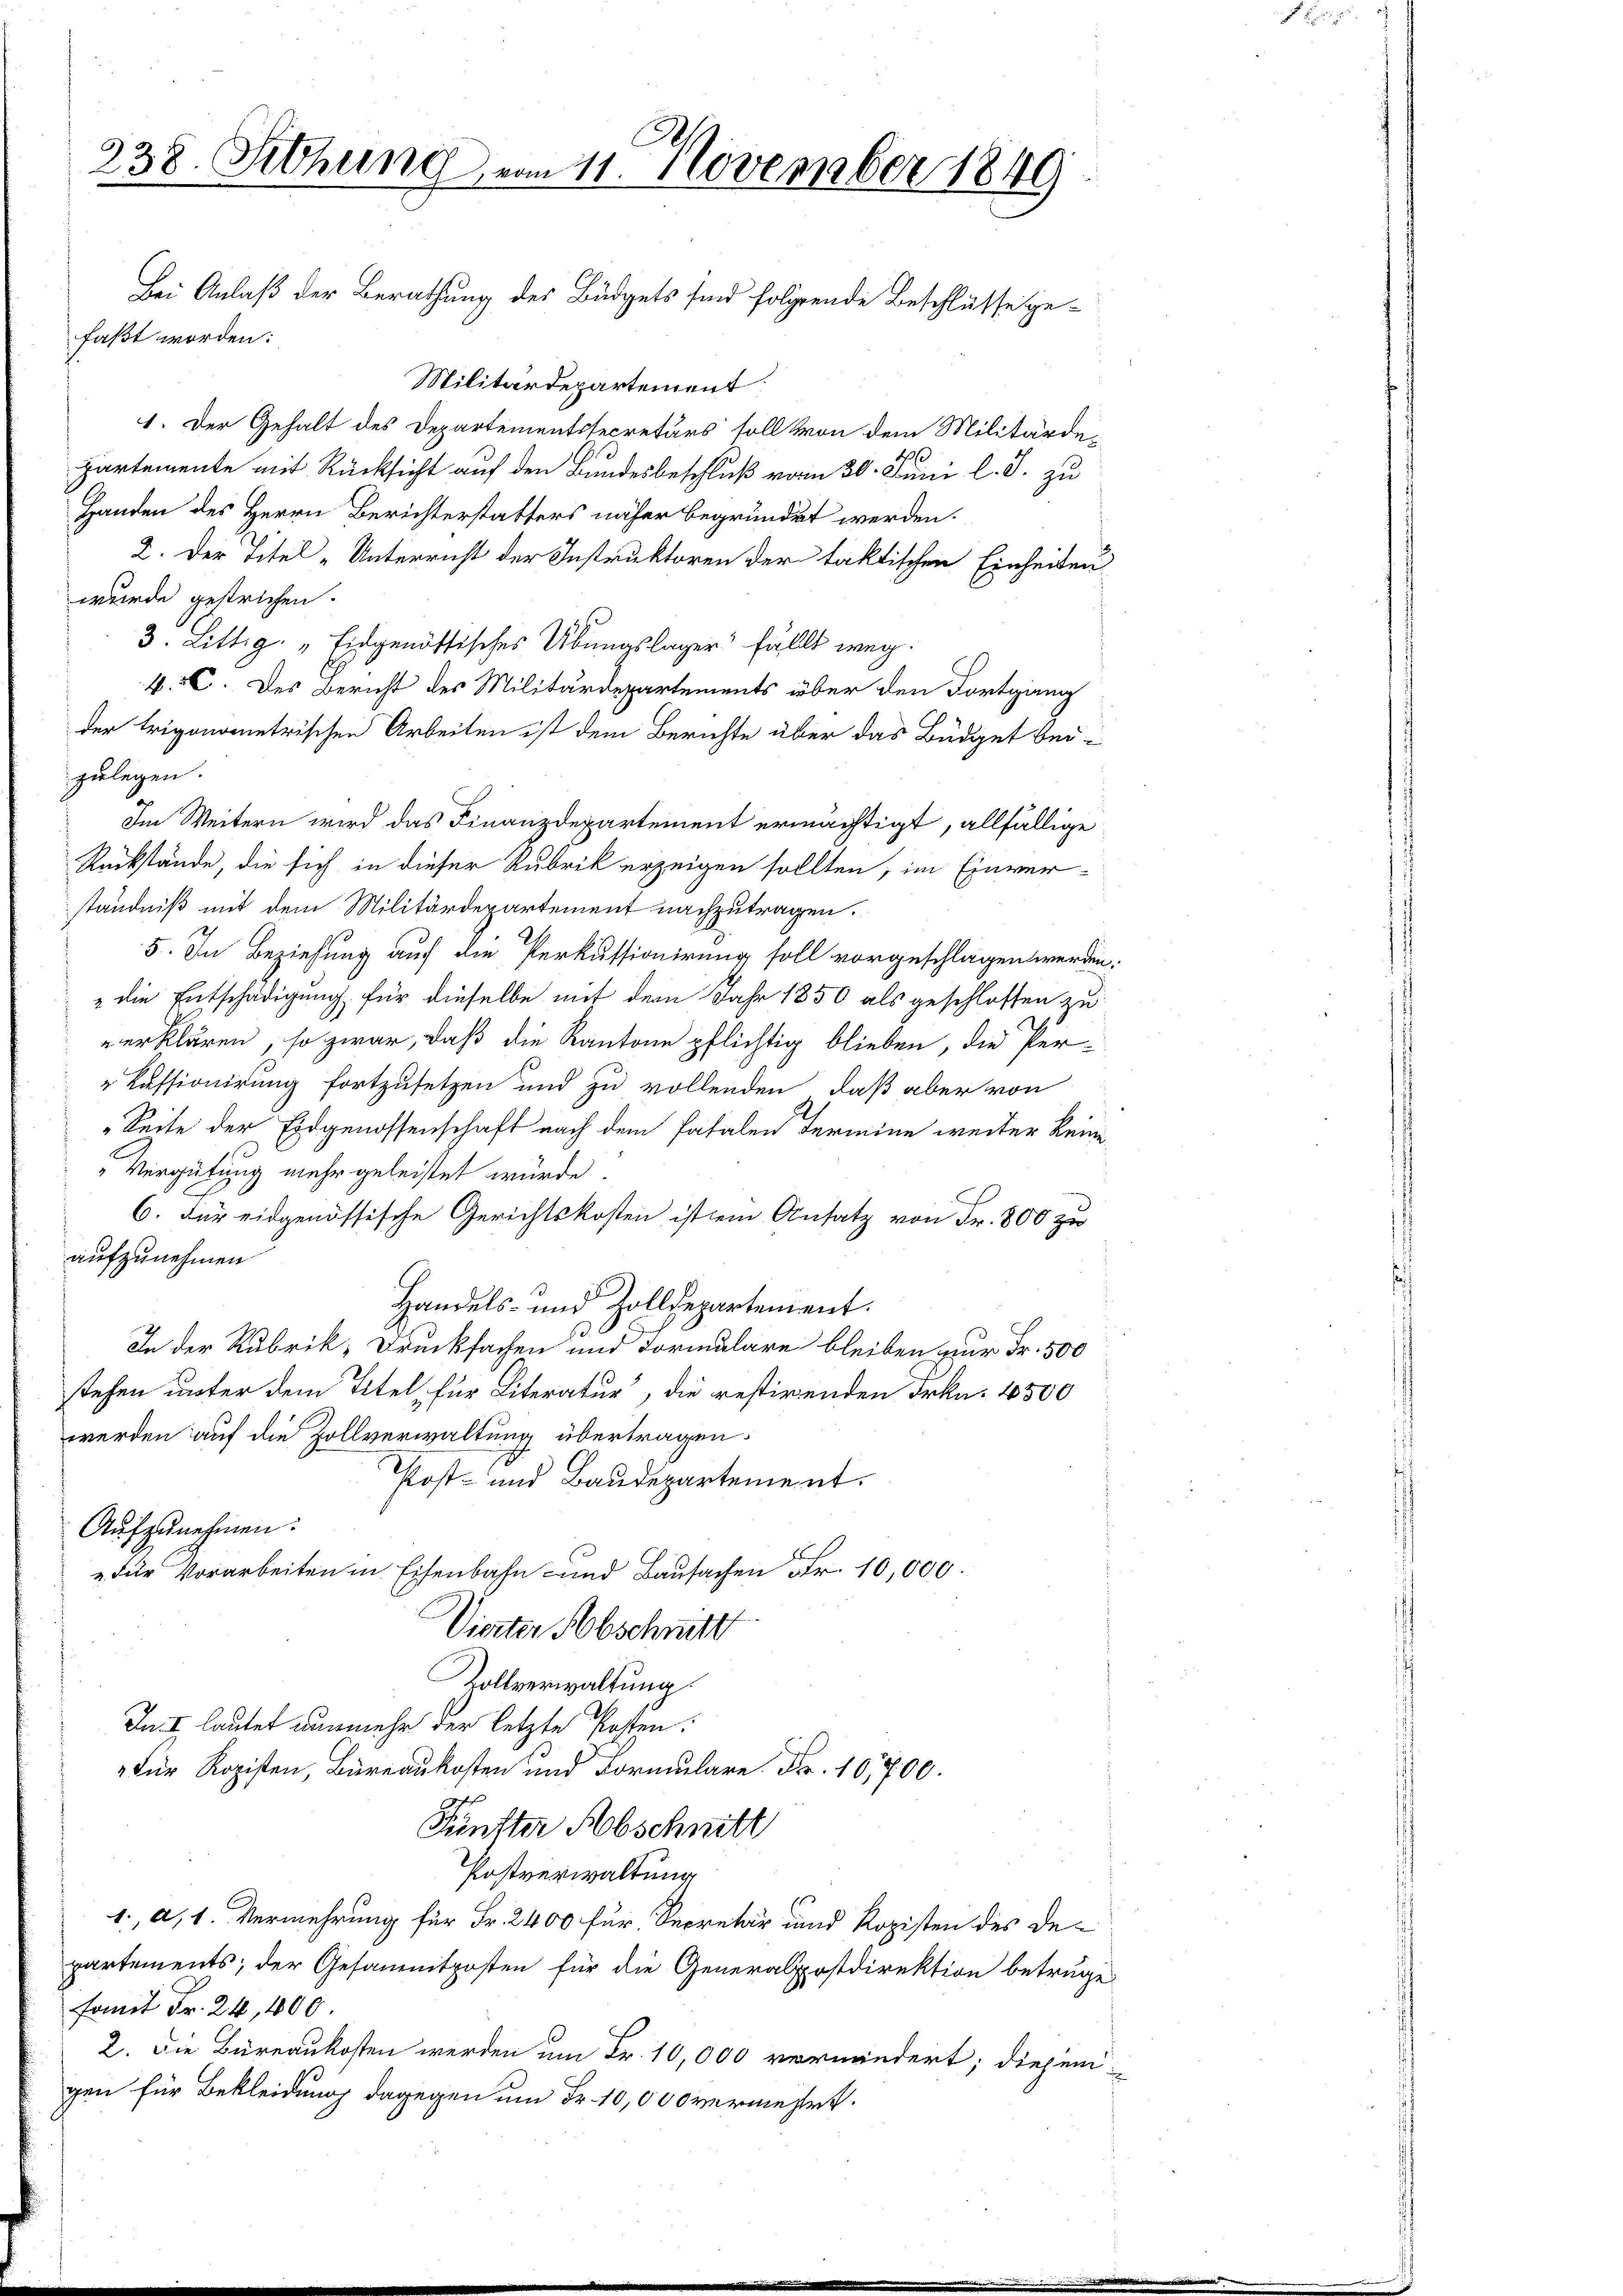
faßt worden:
Militärdepartement:
1. Der Gehalt des Departementssecretärs soll von dem Militärde-
partemente mit Rücksicht auf den Bundesbeschluß vom 30. Juni l. J. zu
Handen des Herrn Berichterstatters näher begründet werden.
2. Der Titel - Unterricht der Instruktoren der taktischen Einheitenwurde gestrichen.
3. Littig „Eidgenössisches Übungslager fällt weg.
4.C. Des Bericht des Militärdepartements über den Fortgang
der trigonometrischen Arbeiten ist dem Berichte über das Büdget beizulegen.
Im Weitern wird das Finanzdepartement ermächtigt, allfällige
Rückstände, die sich in dieser Rubrik erzeigen sollten, im Einverständniß mit dem Militärdepartement nachzutragen.
5. In Beziehung auf die Perkussionirung soll vorgeschlagen werden.
" die Entschädigung für dieselbe mit dem Jahr 1850 als geschlossen zu
 erklären, so zwar, daß die Kantone pflichtig blieben, die Per-
Kessionirung fortzusetzen und zu vollenden, daß aber von
„Seite der Eidgenossenschaft nach dem Patalen Termine weiter keine
"Vergütung mehr geleistet würde.
6. für eidgenössische Gerichtskosten ist ein Ansatz von Fr. 800 zu
aufzunehmen
Handels- und Zolldepartement.
In der Rubrik-Drucksachen und Formulare bleiben nur Fr. 500
stehen unter dem Titel, für Literatur, die restirenden Frkn. 4500
werden auf die Zollverwaltung übertragen.
Post- und Baudepartement.
Aŭfzŭnehmen:
"Für Vorarbeiten in Eisenbahn und Bausachen Fr. 10,000
Vierter Abschritt
Rollverwaltung.
In I lautet nunmehr der letzte Posten.
für Kopisten, Büreaukosten und Formulare Fr. 10,700.
Fünfter Abschnitt
Postverwaltung
1., a, 1. Vermehrung für Fr. 2400 für Secretär und Kopisten des Departements; der Gesammtposten für die Generalpostdirektion betruge
fomit Fr. 24, 400
2. Die Büreaukosten werden um Fr. 10,000 vornändert; diejenigen für Bekleidung dagegen um Fr. 10,000 vermehrt.

238. Sitzung vom 11. November 1849
Bei Anlaß der Berathung des Büdgets sind folgende Beschlüsse ge¬

P. F.